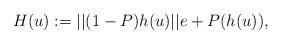
LaTeX: \begin{align*}H(u) := ||(1-P)h(u)||e + P(h(u)), \end{align*}